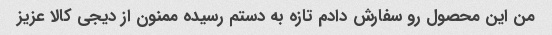
من این محصول رو سفارش دادم تازه به دستم رسیده ممنون از دیجی کالا عزیز